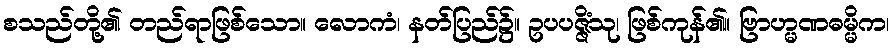
စသည်တို့၏ တည်ရာဖြစ်သော။ လောကံ၊ နတ်ပြည်၌။ ဥပပဇ္ဇိံသု၊ ဖြစ်ကုန်၏။ ဗြာဟ္မဏဓမ္မိက၊